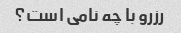
رزرو با چه نامی است؟